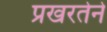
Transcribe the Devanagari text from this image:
प्रखरतेने